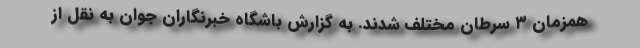
همزمان ۳ سرطان مختلف شدند. به گزارش باشگاه خبرنگاران جوان به نقل از